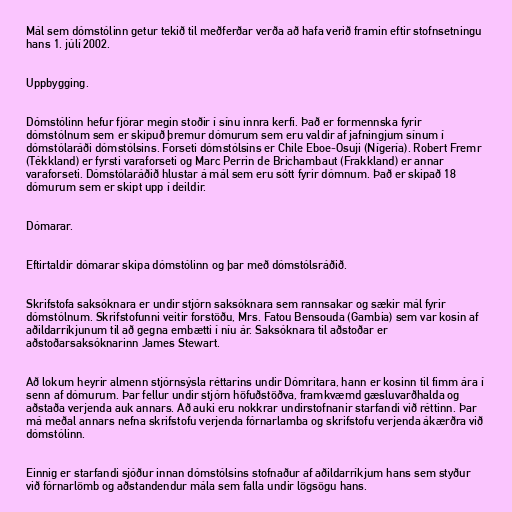
Mál sem dómstólinn getur tekið til meðferðar verða að hafa verið framin eftir stofnsetningu
hans 1. júlí 2002.

Uppbygging.

Dómstólinn hefur fjórar megin stoðir í sínu innra kerfi. Það er formennska fyrir
dómstólnum sem er skipuð þremur dómurum sem eru valdir af jafningjum sínum í
dómstólaráði dómstólsins. Forseti dómstólsins er Chile Eboe-Osuji (Nígería). Robert Fremr
(Tékkland) er fyrsti varaforseti og Marc Perrin de Brichambaut (Frakkland) er annar
varaforseti. Dómstólaráðið hlustar á mál sem eru sótt fyrir dómnum. Það er skipað 18
dómurum sem er skipt upp í deildir.

Dómarar.

Eftirtaldir dómarar skipa dómstólinn og þar með dómstólsráðið.

Skrifstofa saksóknara er undir stjórn saksóknara sem rannsakar og sækir mál fyrir
dómstólnum. Skrifstofunni veitir forstöðu, Mrs. Fatou Bensouda (Gambia) sem var kosin af
aðildarríkjunum til að gegna embætti í níu ár. Saksóknara til aðstoðar er
aðstoðarsaksóknarinn James Stewart.

Að lokum heyrir almenn stjórnsýsla réttarins undir Dómritara, hann er kosinn til fimm ára í
senn af dómurum. Þar fellur undir stjórn höfuðstöðva, framkvæmd gæsluvarðhalda og
aðstaða verjenda auk annars. Að auki eru nokkrar undirstofnanir starfandi við réttinn. Þar
má meðal annars nefna skrifstofu verjenda fórnarlamba og skrifstofu verjenda ákærðra við
dómstólinn.

Einnig er starfandi sjóður innan dómstólsins stofnaður af aðildarríkjum hans sem styður
við fórnarlömb og aðstandendur mála sem falla undir lögsögu hans.